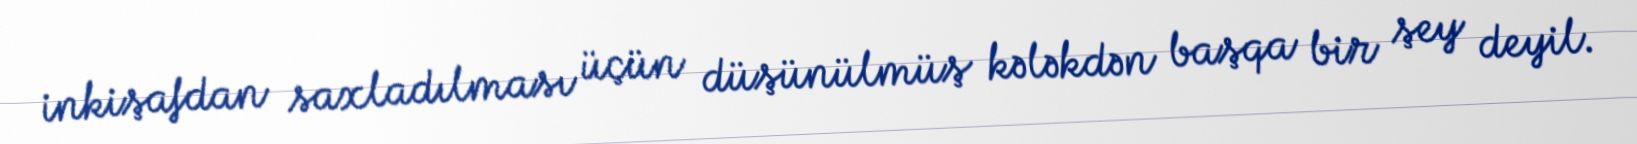
inkişafdan saxladılması üçün düşünülmüş kələkdən başqa bir şey deyil.